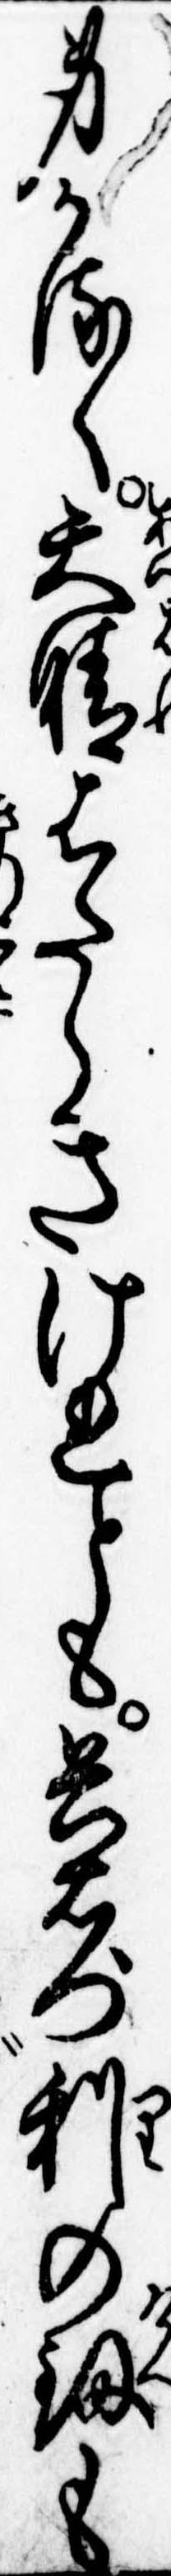
身かるく天晴はたらきけれとも兵右門利の剣も